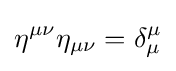
\eta ^{\mu \nu }\eta _{\mu \nu }=\delta _{\mu }^{\mu }